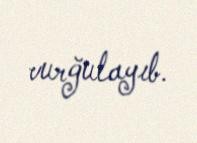
vurğulayıb.